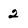
Character: 2